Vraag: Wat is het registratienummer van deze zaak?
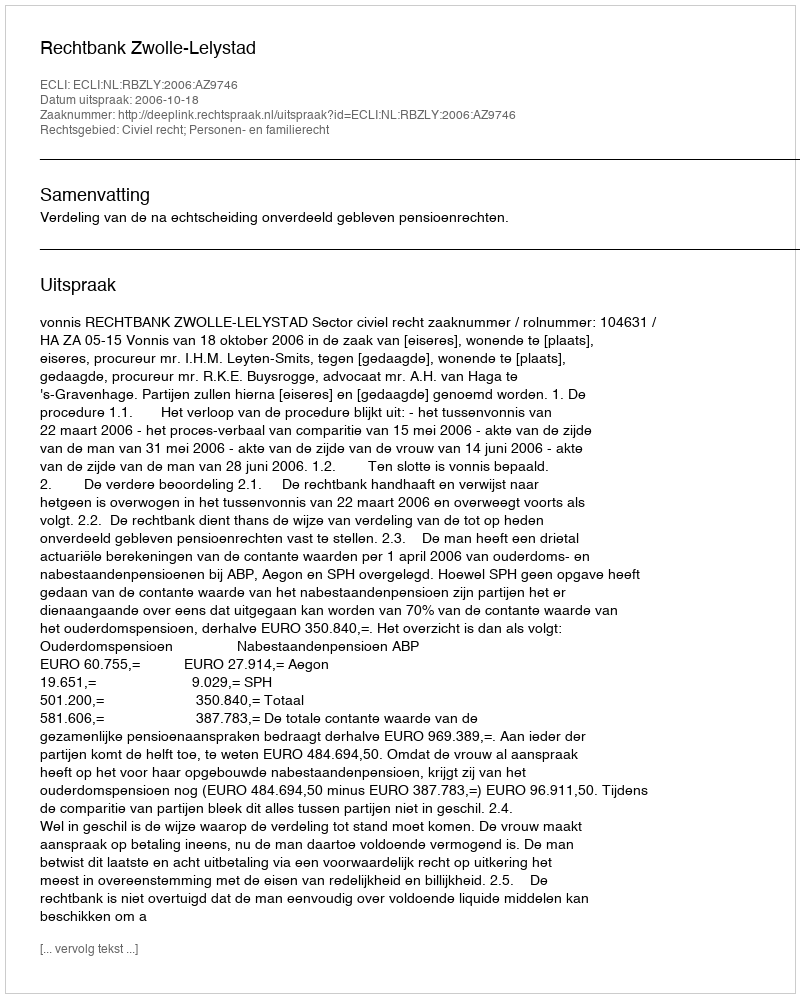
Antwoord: http://deeplink.rechtspraak.nl/uitspraak?id=ECLI:NL:RBZLY:2006:AZ9746